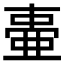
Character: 𬻫